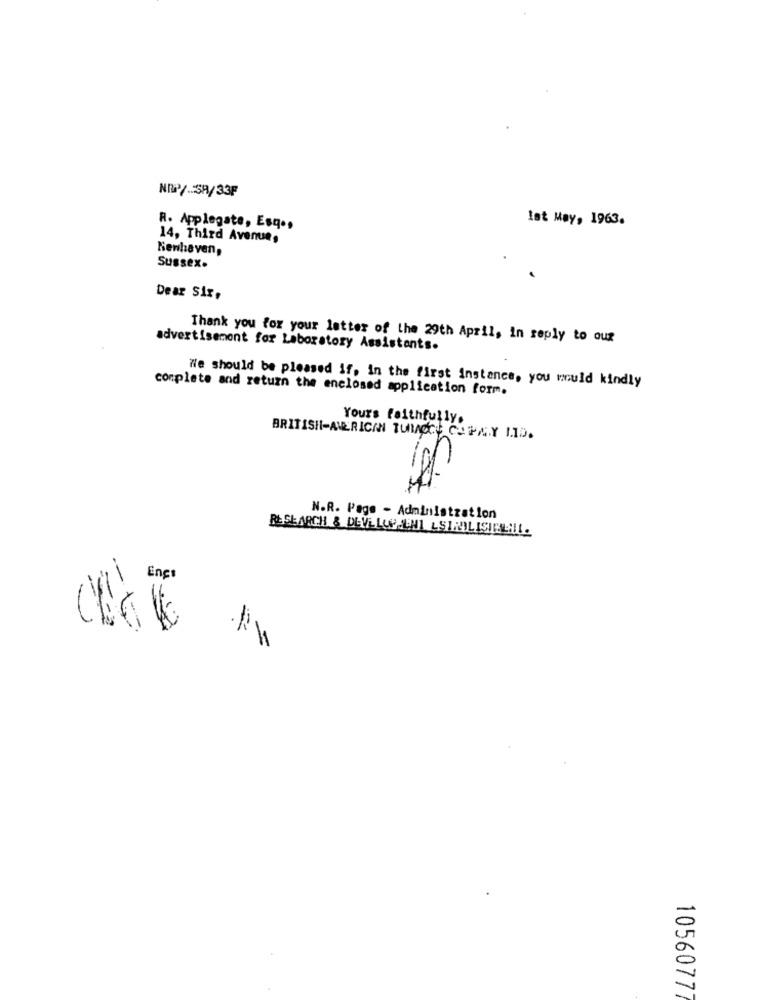
NEP/SR/33F
Ist May, 1963.
R. Applegate, Esq .,
14, Third Avenue,
Newhaven,
Sussex.
Dear Sir.
Thank you for your letter of the 29th April, in reply to our
advertisement for Laboratory Assistants.
We should be pleased if, in the first instance, you would kindly
complete and return the enclosed application form.
Yours faithfully.
BRITISH-AMERICAN TUMOCE COPAY LID.
N.R. Page - Administration
RESEARCH & DEVELOPMENT LSTADLISICELL.
Encs
CLA €
1056077